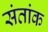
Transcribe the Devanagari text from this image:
संतांक